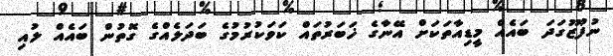
ނުފޫޒުގަދަ ބަައެއް މީޑިއާތަކަށް އޭނާގެ ޚަބަރުތައް ކަވަކުރުމުގެ ބަދަލެއްގެ ގޮތުން ބައެއް ލުއި